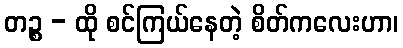
တဉ္စ - ထို စင်ကြယ်နေတဲ့ စိတ်ကလေးဟာ၊